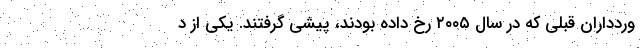
وردداران قبلی که در سال ۲۰۰۵ رخ داده بودند، پیشی گرفتند. یکی از د